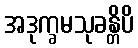
အဒုက္ခမသုခန္တိပိ